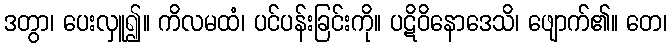
ဒတွာ၊ ပေးလှူ၍။ ကိလမထံ၊ ပင်ပန်းခြင်းကို။ ပဋိဝိနောဒေသိ၊ ဖျောက်၏။ တေ၊